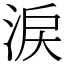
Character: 涙